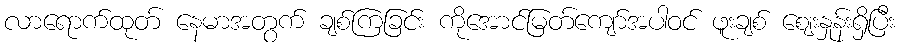
လာရောက်ထုတ် နေမာအတွက် ချစ်ကြခြင်း ကိုအောင်မြတ်ကျော်အပါဝင် ဖူးချစ် ဈေးနှုန်းရှိပြီး